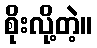
စိုးလို့တဲ့။